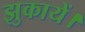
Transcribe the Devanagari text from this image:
झुकायें।